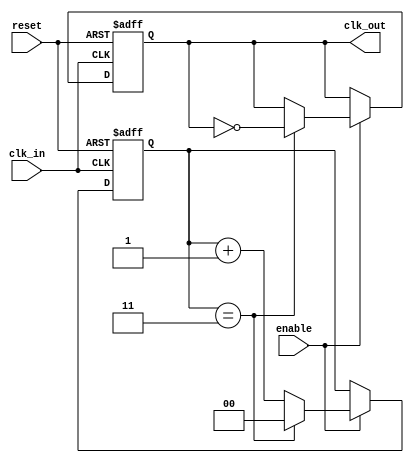
module clk_divider #(
    parameter DIV_FACTOR = 4  // Division factor, must be >= 2
) (
    input wire clk_in,        // Input clock signal
    input wire reset,         // Asynchronous reset signal
    input wire enable,        // Enable signal for clock division
    output reg clk_out        // Output divided clock signal
);

    reg [$clog2(DIV_FACTOR)-1:0] counter; // Counter to track clock cycles

    always @(posedge clk_in or posedge reset) begin
        if (reset) begin
            counter <= 0;        // Reset the counter
            clk_out <= 0;       // Reset the output clock
        end else if (enable) begin
            if (counter == (DIV_FACTOR - 1)) begin
                clk_out <= ~clk_out; // Toggle the output clock
                counter <= 0;        // Reset the counter
            end else begin
                counter <= counter + 1; // Increment the counter
            end
        end
    end

endmodule